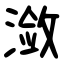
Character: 潋